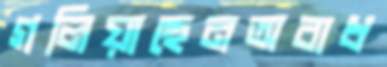
গলিয়াছেনঅবাধ